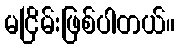
မငြိမ်းဖြစ်ပါတယ်။